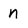
Character: n